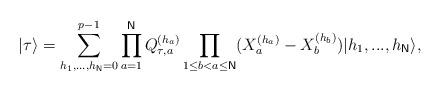
LaTeX: \begin{align*}|\tau \rangle =\sum_{h_{1},...,h_{\mathsf{N}}=0}^{p-1}\prod_{a=1}^{\mathsf{N}}Q_{\tau ,a}^{(h_{a})}\prod_{1\leq b<a\leq \mathsf{N}}(X_{a}^{(h_{a})}-X_{b}^{(h_{b})})|h_{1},...,h_{\mathsf{N}}\rangle ,\end{align*}